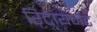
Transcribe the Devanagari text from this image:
रिटायर्मेंट